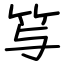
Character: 𥫣